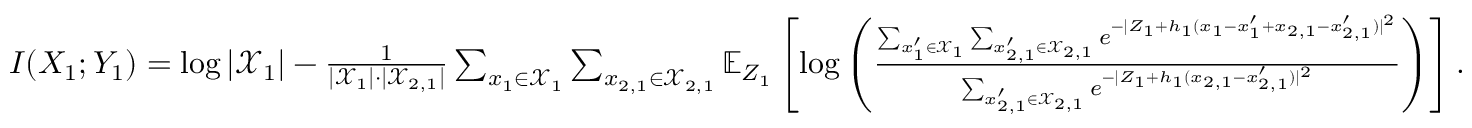
\begin{array} { r } { I ( X _ { 1 } ; Y _ { 1 } ) = \log | \mathcal { X } _ { 1 } | - \frac { 1 } { | \mathcal { X } _ { 1 } | \cdot | \mathcal { X } _ { 2 , 1 } | } \sum _ { x _ { 1 } \in \mathcal { X } _ { 1 } } \sum _ { x _ { 2 , 1 } \in \mathcal { X } _ { 2 , 1 } } \mathbb { E } _ { Z _ { 1 } } \left[ \log \left( \frac { \sum _ { x _ { 1 } ^ { \prime } \in \mathcal { X } _ { 1 } } \sum _ { x _ { 2 , 1 } ^ { \prime } \in \mathcal { X } _ { 2 , 1 } } e ^ { - | Z _ { 1 } + h _ { 1 } ( x _ { 1 } - x _ { 1 } ^ { \prime } + x _ { 2 , 1 } - x _ { 2 , 1 } ^ { \prime } ) | ^ { 2 } } } { \sum _ { x _ { 2 , 1 } ^ { \prime } \in \mathcal { X } _ { 2 , 1 } } e ^ { - | Z _ { 1 } + h _ { 1 } ( x _ { 2 , 1 } - x _ { 2 , 1 } ^ { \prime } ) | ^ { 2 } } } \right) \right] . } \end{array}